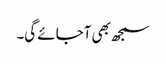
سمجھ بھی آجائے گی۔